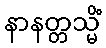
နာနတ္တသ္မိံ